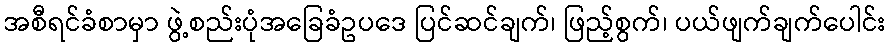
အစီရင်ခံစာမှာ ဖွဲ့စည်းပုံအခြေခံဥပဒေ ပြင်ဆင်ချက်၊ ဖြည့်စွက်၊ ပယ်ဖျက်ချက်ပေါင်း